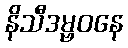
နိသီဒမ္ဗဝနေ